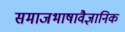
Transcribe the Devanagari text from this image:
समाजभाषावैज्ञानिक